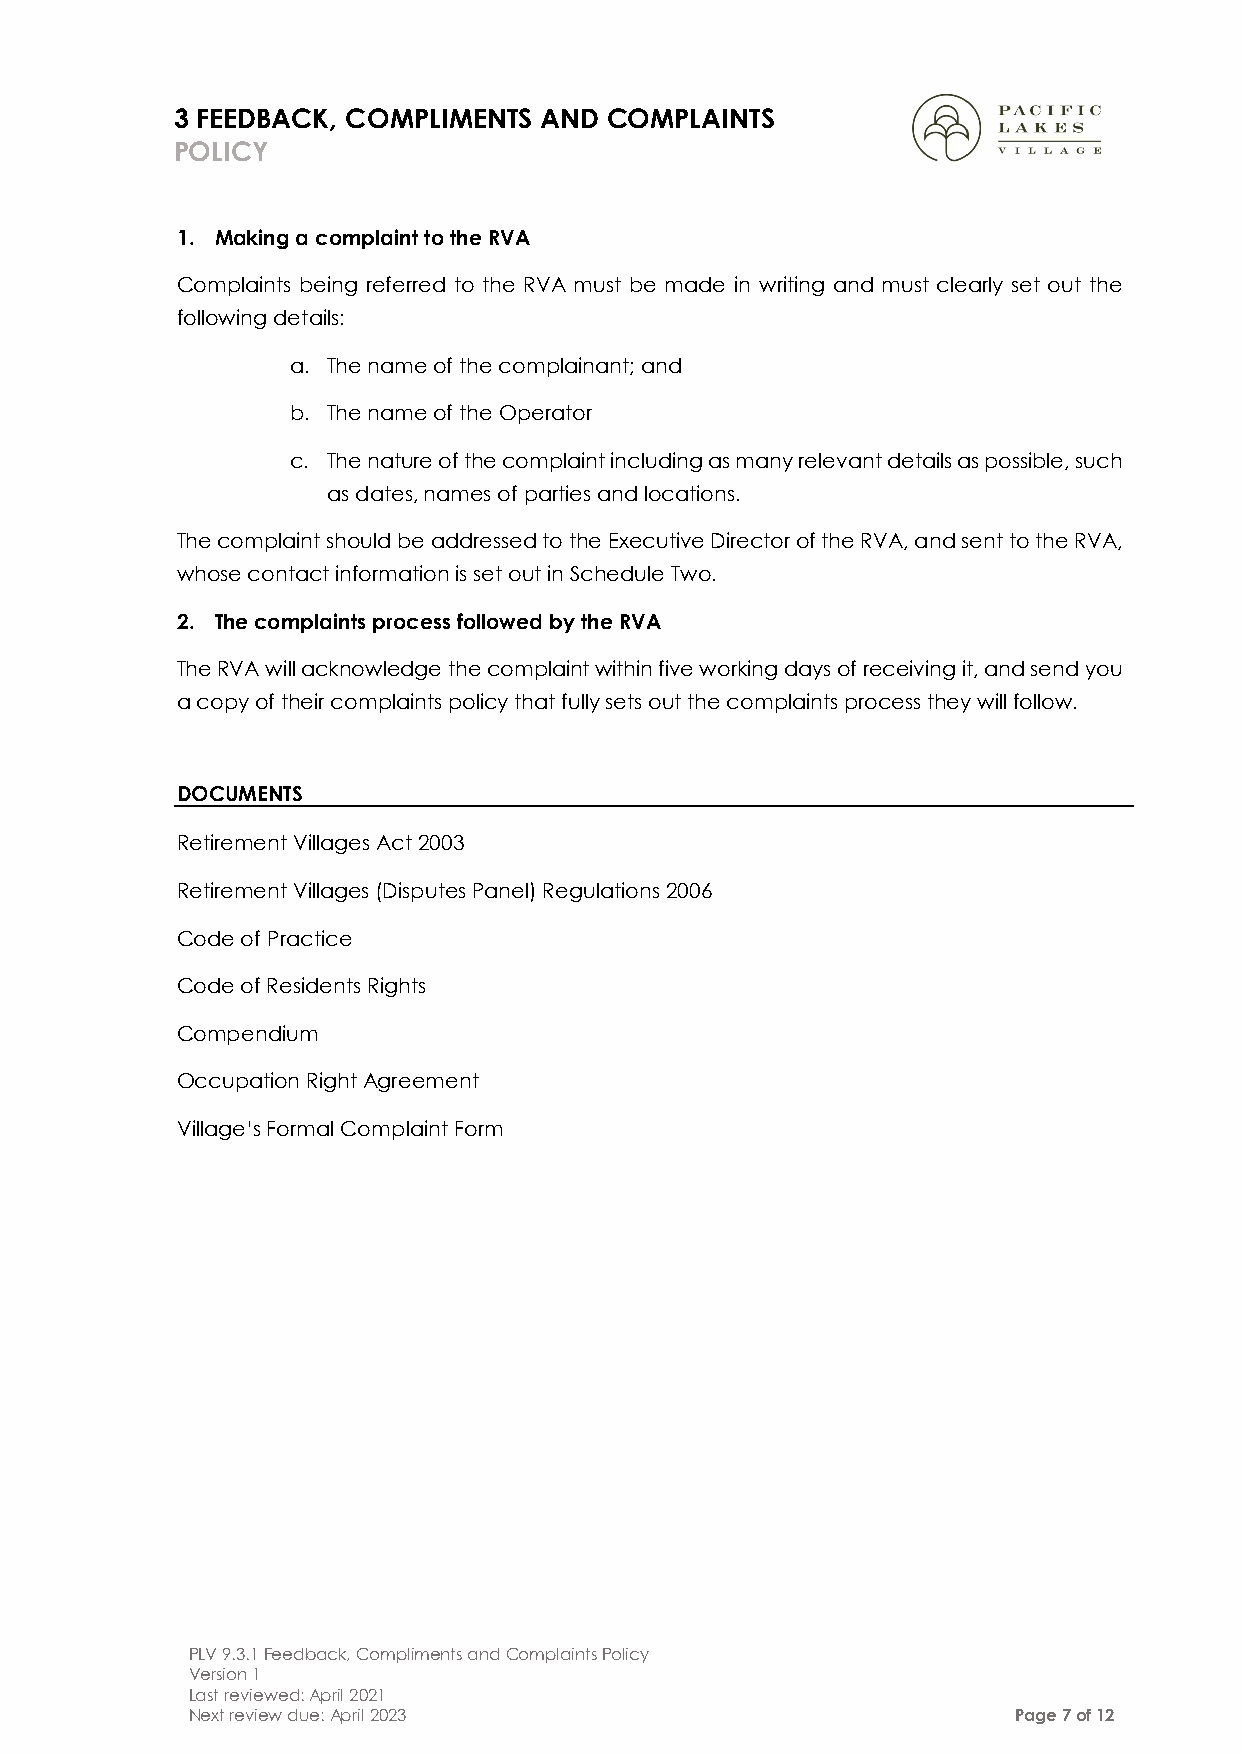
3 FEEDBACK, COMPLIMENTS AND COMPLAINTS
 POLICY
 1. Making a complaint to the RVA
 Complaints being referred to the RVA must be made in writing and must clearly set out the
 following details:
 a. The name of the complainant; and
 b. The name of the Operator
 c. The nature of the complaint including as many relevant details as possible, such
 as dates, names of parties and locations.
 The complaint should be addressed to the Executive Director of the RVA, and sent to the RVA,
 whose contact information is set out in Schedule Two.
 2. The complaints process followed by the RVA
 The RVA will acknowledge the complaint within five working days of receiving it, and send you
 a copy of their complaints policy that fully sets out the complaints process they will follow.
 DOCUMENTS
 Retirement Villages Act 2003
 Retirement Villages (Disputes Panel) Regulations 2006
 Code of Practice
 Code of Residents Rights
 Compendium
 Occupation Right Agreement
 Village’s Formal Complaint Form
 PLV 9.3.1 Feedback, Compliments and Complaints Policy
 Version 1
 Last reviewed: April 2021
 Next review due: April 2023                            Page 7 of 12